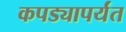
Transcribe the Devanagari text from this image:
कपड्यापर्यंत